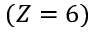
( Z = 6 )